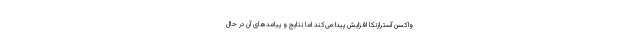
واکسن آسترازنکا افزایش پیدا می‌کند اما نتایج و پیامدهای آن در حال